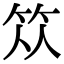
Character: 𥬈